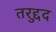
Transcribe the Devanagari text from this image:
तरद्दुद